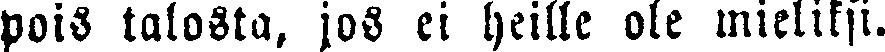
pois talosta, jos ei heille ole mieliksi.